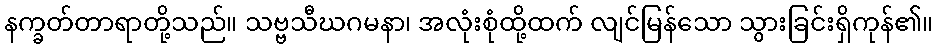
နက္ခတ်တာရာတို့သည်။ သဗ္ဗသီဃဂမနာ၊ အလုံးစုံထို့ထက် လျင်မြန်သော သွားခြင်းရှိကုန်၏။